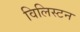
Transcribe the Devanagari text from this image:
विलिस्टन